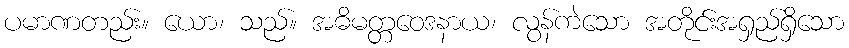
ပမာဏတည်း။ ယော၊ သည်။ အဓိမတ္တဝေဒနာယ၊ လွန်ကဲသော အတိုင်းအရှည်ရှိသော